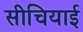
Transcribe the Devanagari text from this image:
सीचियाई